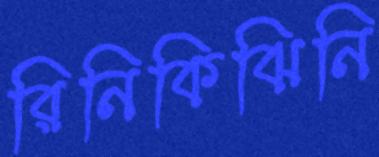
রিনিকিঝিনি